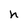
Character: h